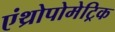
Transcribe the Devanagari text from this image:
एंथ्रोपोमेट्रिक